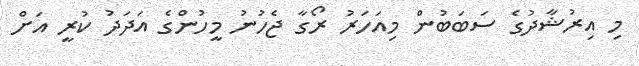
މި އިރުޝާދުގެ ސަބަބުން މިއަހަރު ރޯގާ ޖެހުނު މީހުންގެ އަދަދު ކުރީ އަށް